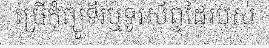
ប្រើកុំព្យូទ័រឬទូរស័ព្ទដៃរបស់